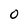
Character: O